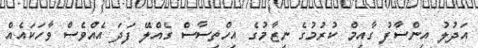
އަދުލު އިންސާފު ގާއިމް ކުރުމުގެ ނިޒާމުގެ އިހްތިސާސް ގެއްލޭ ފަދަ އެއްވެސް ވާހަކައެއް